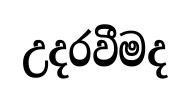
උදරවීමද